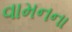
વામનના